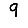
Digit: 9